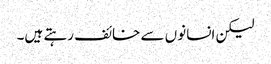
لیکن انسانوں سے خائف رہتے ہیں۔